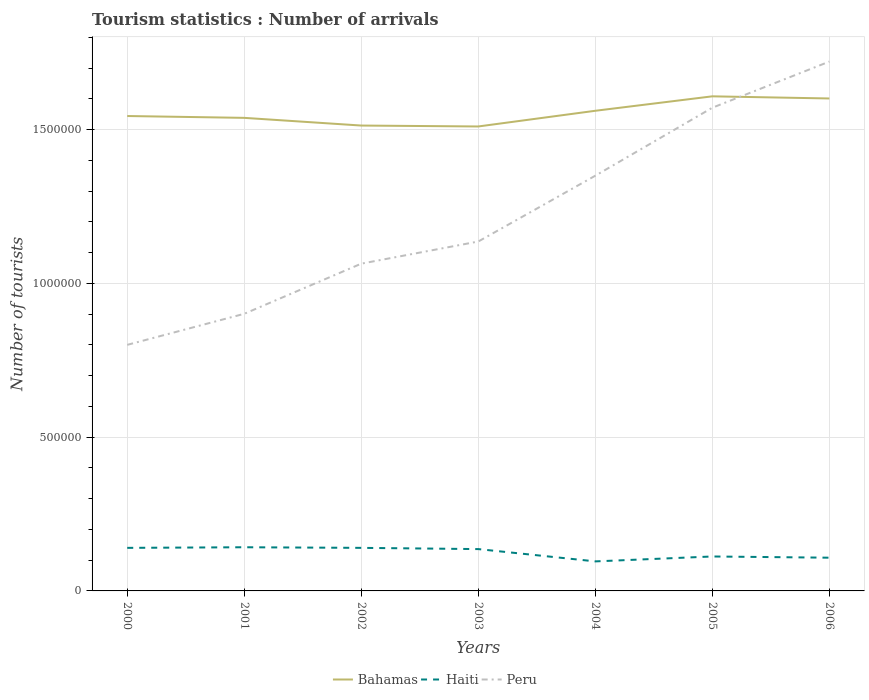
| Years | Bahamas | Haiti | Peru |
 | --- | --- | --- | --- |
 | 2000 | 1.54e+06 | 1.4e+05 | 8e+05 |
 | 2001 | 1.54e+06 | 1.42e+05 | 9.01e+05 |
 | 2002 | 1.51e+06 | 1.4e+05 | 1.06e+06 |
 | 2003 | 1.51e+06 | 1.36e+05 | 1.14e+06 |
 | 2004 | 1.56e+06 | 9.6e+04 | 1.35e+06 |
 | 2005 | 1.61e+06 | 1.12e+05 | 1.57e+06 |
 | 2006 | 1.6e+06 | 1.08e+05 | 1.72e+06 |